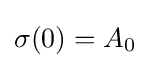
\sigma (0)=A_{0}